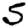
Digit: 5